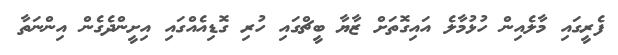
ފެރީގައި މާލެއިން ހުޅުމާލެ އައިގޮތަށް ޒާޔާ ބީޗްގައި ހުރި ގޮޑިއެއްގައި އިށީންދެގެން އިންނަތާ